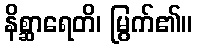
နိစ္ဆာရေတိ၊ မြွက်၏။